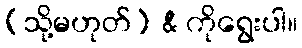
(သို့မဟုတ်) & ကိုရွေးပါ။